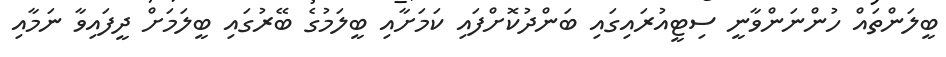
ބީލަންތައް ހުންނަންވާނީ ސިޓީއުރައިގައި ބަންދުކޮށްފައި ކަމަށާއި ބީލަމުގެ ބޭރުގައި ބީލަމަށް ދީފައިވާ ނަމާއި